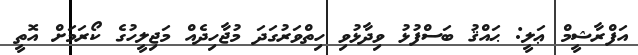
އަފްރާޝީމް ޢަލީ: ޙައްޤު ބަސްފުޅު ވިދާޅުވި ހިތްވަރުގަދަ މުޖާހިދެއް މަޖިލީހުގެ ކޯރަމަށް އޮތީ